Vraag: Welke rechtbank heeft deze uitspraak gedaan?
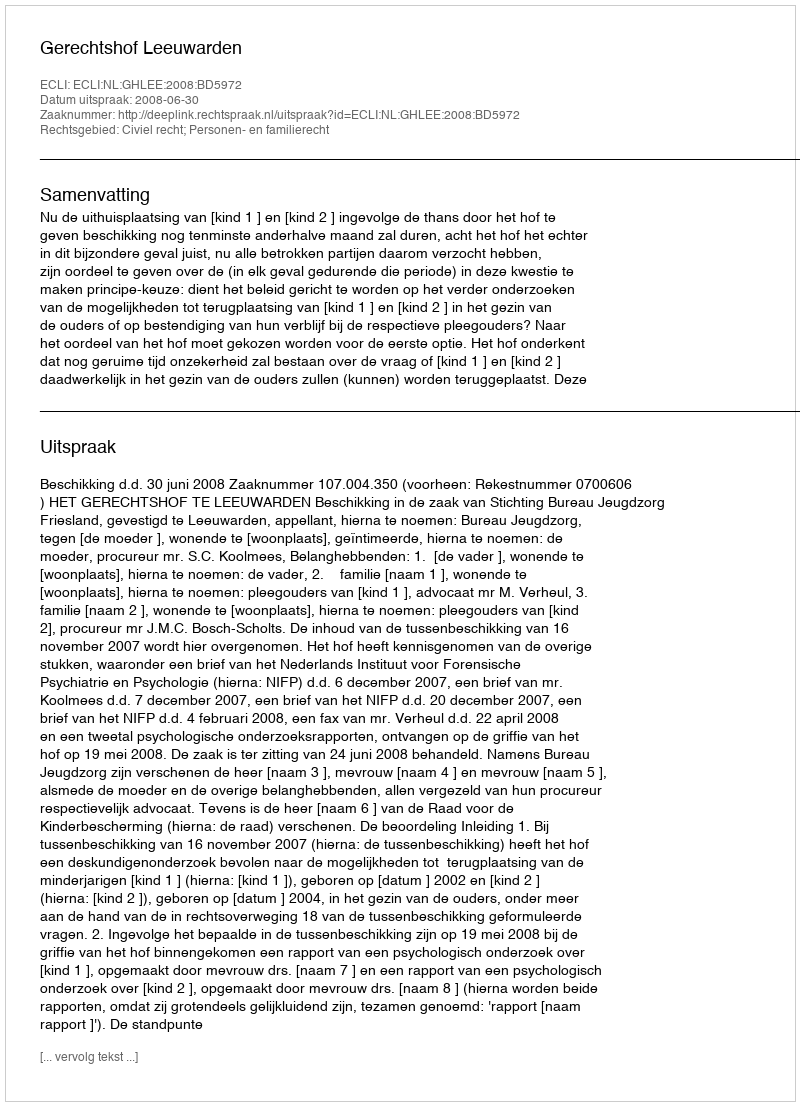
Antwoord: Gerechtshof Leeuwarden